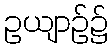
ဥယျာဉ်၌